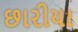
છારીયા